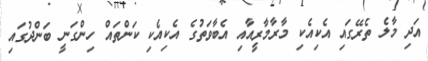
އަދި މާލެ ތެރޭގައި އެކިއެކި މާރާމާރީއާއި އެބާވަތުގެ އެކިއެކި ކަންތައް ހިންގަނީ ބަންދުގައި